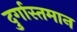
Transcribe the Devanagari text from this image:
दुर्गास्तमान